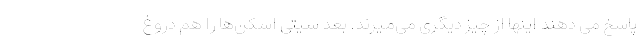
پاسخ می دهند اینها از چیز دیگری می‌میرند. بعد سیتی اسکن‌ها را هم دروغ